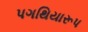
પગથિયારૂપ